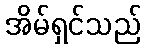
အိမ်ရှင်သည်